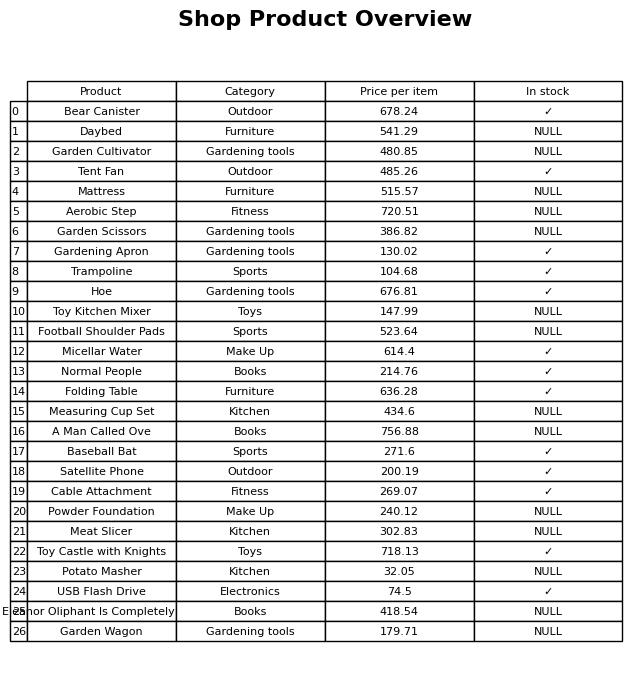
question: Which products are currently out of stock?
answer: Daybed, Garden Cultivator, Mattress, Aerobic Step, Garden Scissors, Toy Kitchen Mixer, Football Shoulder Pads, Measuring Cup Set, A Man Called Ove, Powder Foundation, Meat Slicer, Potato Masher, Eleanor Oliphant Is Completely Fine, Garden Wagon